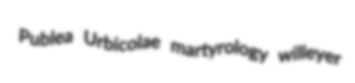
Publea Urbicolae martyrology willeyer